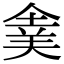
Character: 𠌉